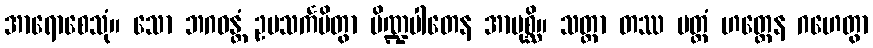
အာရောစေသုံ။ သော ဘဂဝန္တံ ဥပသင်္ကမိတွာ ပိဏ္ဍပါတေန အာပုစ္ဆိ။ သတ္ထာ တဿ ပတ္တံ ဟတ္ထေန ဂဟေတွာ